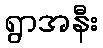
ရွာအနီး